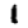
Digit: 1